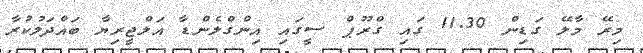
މިރޭ މާލޭ ގަޑިން 11.30 ގައި ގްރޫޕް ސީގައި އިންގްލެންޑާ އަލްޖީރިޔާ ބައްދަލުކުރާ